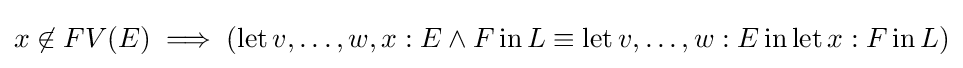
x\not \in FV(E)\implies (\operatorname {let} v,\ldots ,w,x:E\land F\operatorname {in} L\equiv \operatorname {let} v,\ldots ,w:E\operatorname {in} \operatorname {let} x:F\operatorname {in} L)